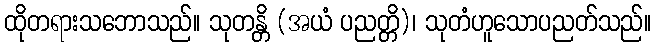
ထိုတရားသဘောသည်။ သုတန္တိ (အယံ ပညတ္တိ)၊ သုတံဟူသောပညတ်သည်။